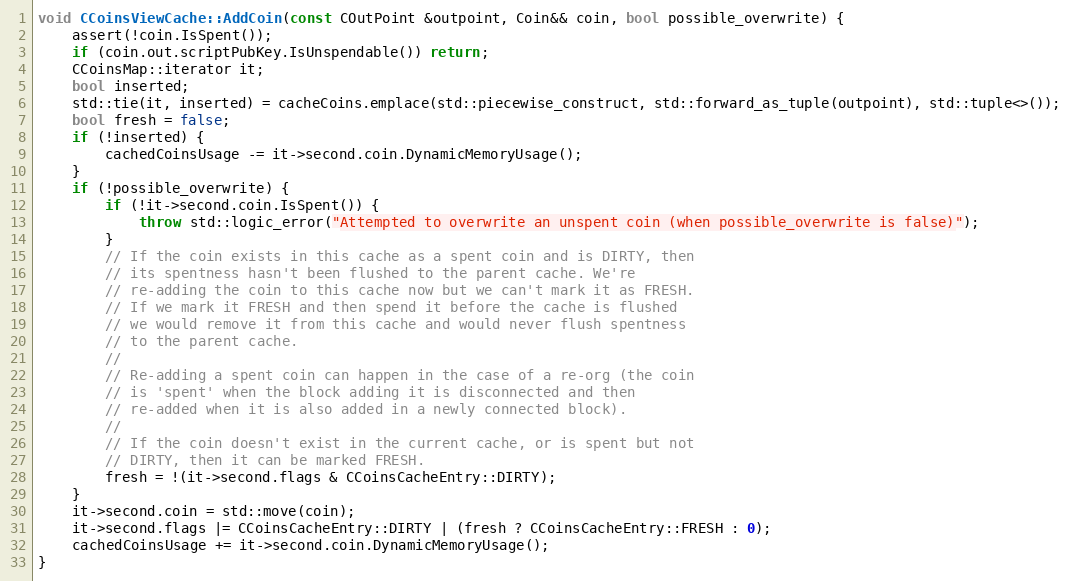
Language: C++
void CCoinsViewCache::AddCoin(const COutPoint &outpoint, Coin&& coin, bool possible_overwrite) {
    assert(!coin.IsSpent());
    if (coin.out.scriptPubKey.IsUnspendable()) return;
    CCoinsMap::iterator it;
    bool inserted;
    std::tie(it, inserted) = cacheCoins.emplace(std::piecewise_construct, std::forward_as_tuple(outpoint), std::tuple<>());
    bool fresh = false;
    if (!inserted) {
        cachedCoinsUsage -= it->second.coin.DynamicMemoryUsage();
    }
    if (!possible_overwrite) {
        if (!it->second.coin.IsSpent()) {
            throw std::logic_error("Attempted to overwrite an unspent coin (when possible_overwrite is false)");
        }
        // If the coin exists in this cache as a spent coin and is DIRTY, then
        // its spentness hasn't been flushed to the parent cache. We're
        // re-adding the coin to this cache now but we can't mark it as FRESH.
        // If we mark it FRESH and then spend it before the cache is flushed
        // we would remove it from this cache and would never flush spentness
        // to the parent cache.
        //
        // Re-adding a spent coin can happen in the case of a re-org (the coin
        // is 'spent' when the block adding it is disconnected and then
        // re-added when it is also added in a newly connected block).
        //
        // If the coin doesn't exist in the current cache, or is spent but not
        // DIRTY, then it can be marked FRESH.
        fresh = !(it->second.flags & CCoinsCacheEntry::DIRTY);
    }
    it->second.coin = std::move(coin);
    it->second.flags |= CCoinsCacheEntry::DIRTY | (fresh ? CCoinsCacheEntry::FRESH : 0);
    cachedCoinsUsage += it->second.coin.DynamicMemoryUsage();
}